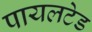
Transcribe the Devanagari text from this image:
पायलटेड